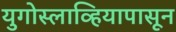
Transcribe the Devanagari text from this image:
युगोस्लाव्हियापासून